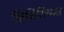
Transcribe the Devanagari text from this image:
फ़िज़िशियन्स